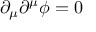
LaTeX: \partial _ { \mu } \partial ^ { \mu } \phi = 0